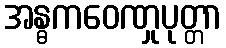
အန္ဓကဝေဏှုပုတ္တာ